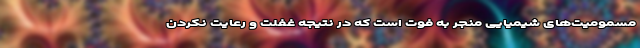
مسمومیت‌های شیمیایی منجر به فوت است که در نتیجه غفلت و رعایت نکردن